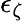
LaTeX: \epsilon_{\zeta}